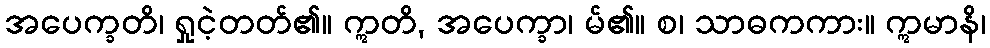
အပေက္ခတိ၊ ရှုငဲ့တတ်၏။ ဣတိ, အပေက္ခာ၊ မ်၏။ စ၊ သာဓကကား။ ဣမာနိ၊